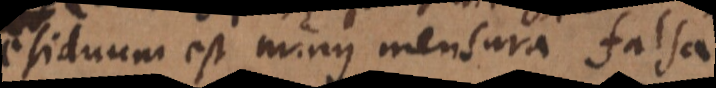
Residuum est minus mensura falsa.